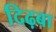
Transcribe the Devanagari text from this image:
दिढ़बा